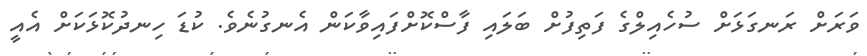
ވަރަށް ރަނގަޅަށް ސުހެއިލްގެ ފަތިފުށް ބަލައި ފާސްކޮށްފައިވާކަން އެނގުނެވެ. ކުޑަ ހިނދުކޮޅަކަށް އެއީ